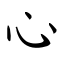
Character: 心